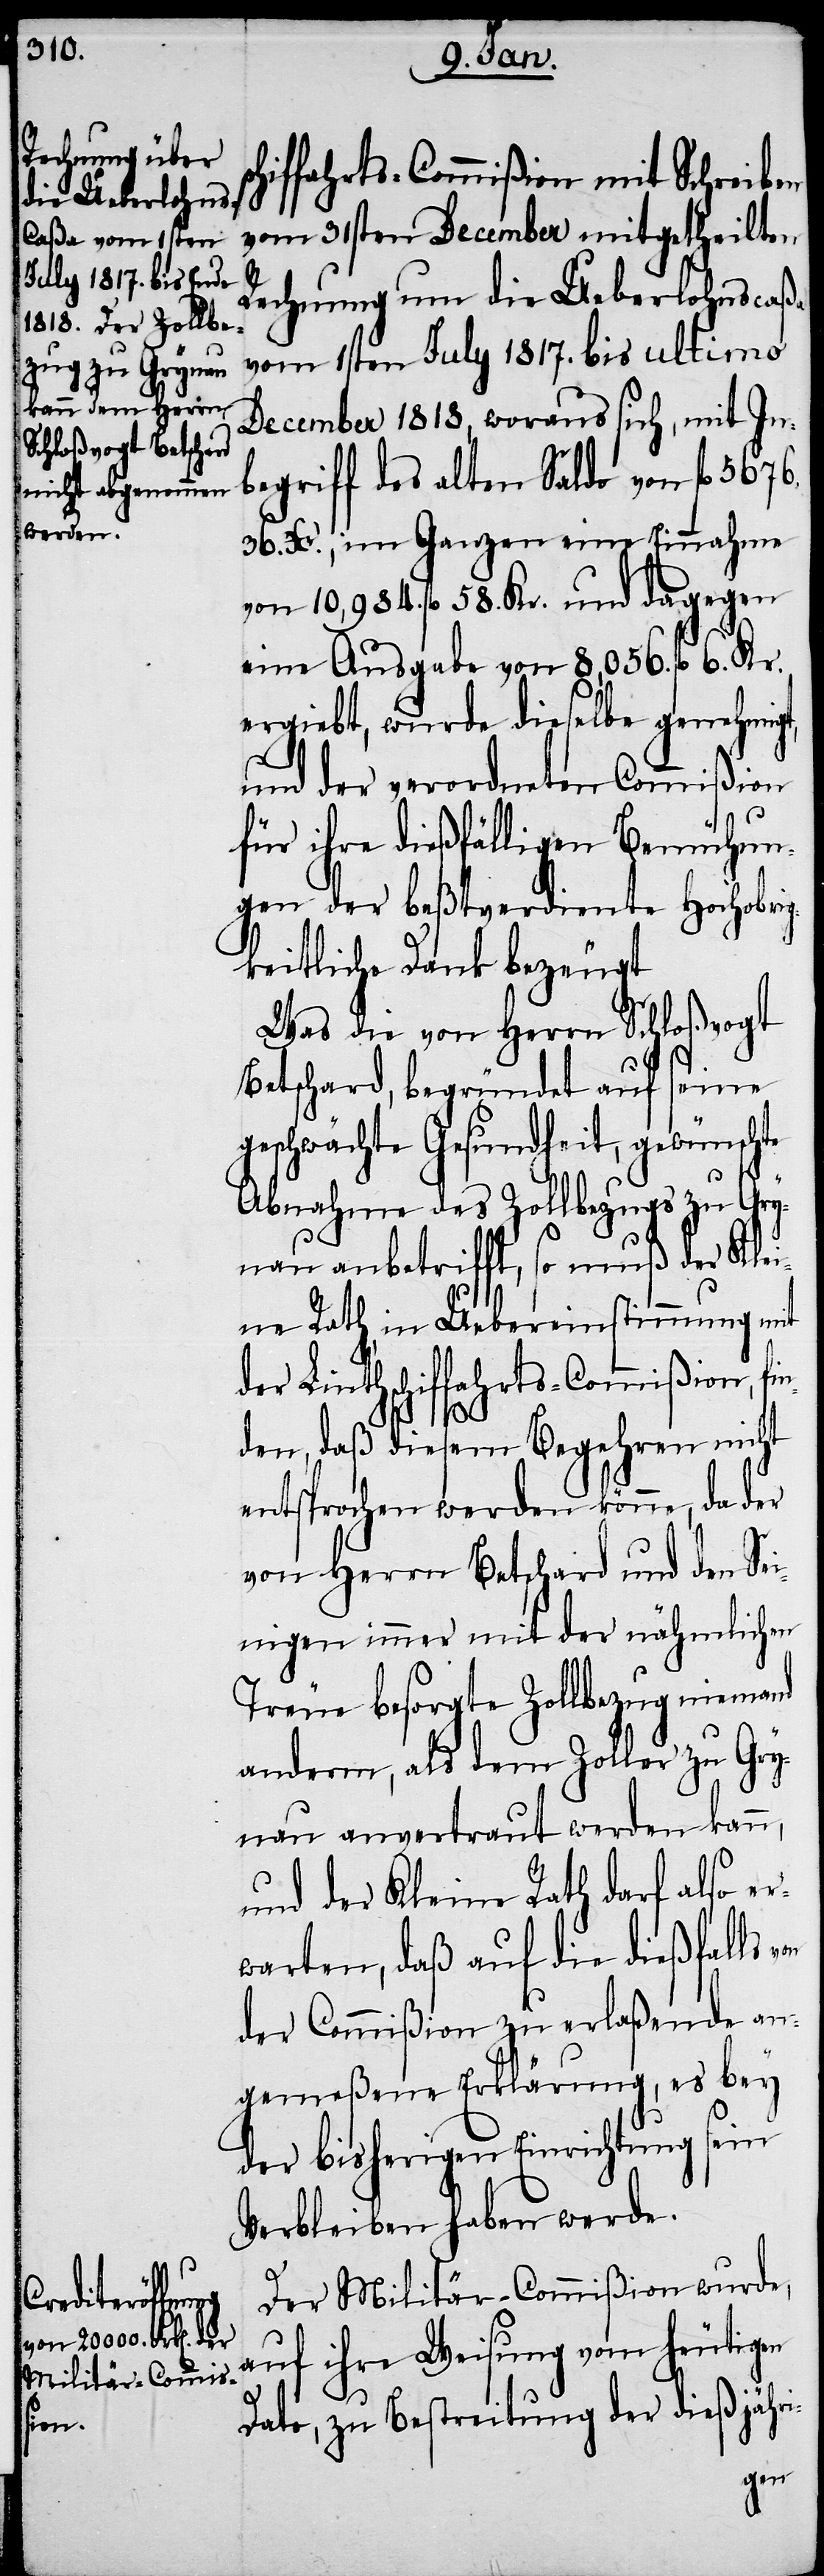
iffahrts-Commißion mit Schreiben
vom 31sten December mitgetheilten
Rechnung um die Ueberlohnscaßa
vom 1sten July 1817. bis ultimo
December 1818, woraus sich, mit In¬
begriff des alten Saldo von fl. 5676.
36. Xr., im Ganzen eine Einnahme
von 10,984. fl. 58. Kr. und dagegen
eine Ausgabe von 8,056. fl. 6.
ergiebt, wurde dieselbe genehmigt,
und der verordneten Commißion
für ihre dießfälligen Bemühun¬
gen der beßtverdiente hochobrig¬
keitliche Dank bezeugt.
Was die von Herrn Schloßvogt
Betschard, begründet auf seine
geschwächte Gesundheit, gewünschte
sch¬
Abnahme des Zollbezugs zu Gry¬
nau anbetrifft, so muß der Klei¬
ne Rath in Uebereinstimmung mit
der Linthschiffahrts-Commißion, fi¬
nden, daß diesem Begehren nicht
entsprochen werden könne, da der
von Herrn Betschard und den Sei¬
nigen immer mit der nämlichen
Treue besorgte Zollbezug niemand
anderm, als dem Zoller zu Gry¬
nau anvertraut werden kann,
und der Kleine Rath darf also er¬
warten, daß auf die dießfalls
der Commißion zu erlaßende an¬
gemeßene Erklärung, es bey
der bisherigen Einrichtung sein
Verbleiben haben werde.
Der Militär-Commißion wurde,
auf ihre Weisung vom heutigen
Dato, zu Bestreitung der dießjähri-